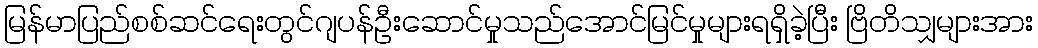
မြန်မာပြည်စစ်ဆင်ရေးတွင်ဂျပန်ဦးဆောင်မှုသည်အောင်မြင်မှုများရရှိခဲ့ပြီး ဗြိတိသျှများအား